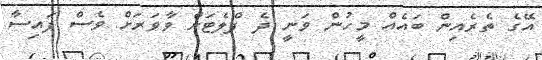
އޭގެ ތެރެއިން ބައެއް މީހުން ވަނީ ދެ ފްލެޓަށް ވާވަރަށް ވެސް ފައިސާ